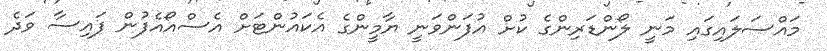
މައްސަލައިގައި މަނީ ލޯންޑަރިންގެ ކުށް އުފަންވަނީ ޔާމީންގެ އެކައުންޓަށް އެސްއޯއެފުން ފައިސާ ވަދެ